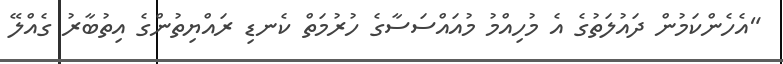
"އެހެންކަމުން ދައުލަތުގެ އެ މުހިއްމު މުއައްސަސާގެ ހުރުމަތް ކެނޑި ރައްޔިތުންގެ އިތުބާރު ގެއްލޭ